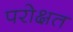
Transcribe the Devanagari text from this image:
परोक्षत